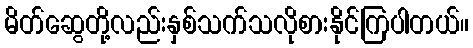
မိတ်ဆွေတို့လည်းနှစ်သက်သလိုစားနိုင်ကြပါတယ်။